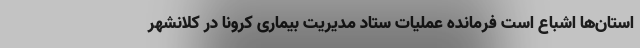
استان‌ها اشباع است فرمانده عملیات ستاد مدیریت بیماری کرونا در کلانشهر